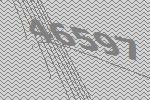
46597